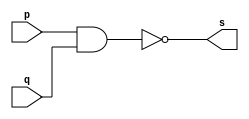
// Guia0104 - AND
// Nome: Pedro Tronbin
// -------------------

// ------------------- 


// -------------------
// -- nand gate
// -------------------

module nandgate(output s, input p, q);

assign s = ( ~ ( p & q ) );

endmodule // nandgate

// -------------------
// -- not gate
// -------------------

module notgate(output s, input p);
 
assign s = ~p; 
					
endmodule // notgate

// -------------------
// -- or gate
// -------------------

module orgate(output s, input p, input q);
 
assign s = p | q; 
					
endmodule // orgate

// -------------------
// -- test andgate
// ------------------- 

module testandgate;

reg a, b, c;
wire s, q1, q2;

nandgate NAND1(q1, b, c);
notgate NOT1(q2, a);
orgate OR1(s, q2, q1);

initial begin: start

a=0; b=0; c=0;

end

initial begin: main

$display("Guia01 - Exercicio 04 - Pedro Tronbin - 410473");
$display("TEST AND GATE: ");
$display("\n( ~ a | ~ ( b & c ) = s ");
$monitor("( ~ %b | ~ ( %b & %b ) = %b ", a, b, c, s);
#1 a=0; b=0; c=0;
#1 a=0; b=0; c=1;
#1 a=0; b=1; c=0;
#1 a=0; b=1; c=1;
#1 a=1; b=0; c=0;
#1 a=1; b=0; c=1;
#1 a=1; b=1; c=0;
#1 a=1; b=1; c=1;

end

endmodule // testandgate

//-----  SAIDA
//
// Guia01 - Exercicio 04 - Pedro Tronbin - 410473
// TEST AND GATE: 
//
// ( ~ a | ~ ( b & c ) = s
// ( ~ 0 | ~ ( 0 & 0 ) = 1
// ( ~ 0 | ~ ( 0 & 1 ) = 1
// ( ~ 0 | ~ ( 1 & 0 ) = 1
// ( ~ 0 | ~ ( 1 & 1 ) = 1
// ( ~ 1 | ~ ( 0 & 0 ) = 1
// ( ~ 1 | ~ ( 0 & 1 ) = 1
// ( ~ 1 | ~ ( 1 & 0 ) = 1
// ( ~ 1 | ~ ( 1 & 1 ) = 0